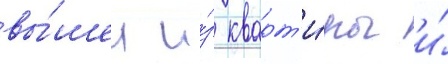
вы́шел и́з кварт'и́ры и́